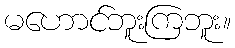
မဟောင်ဘူးကြဘူး။